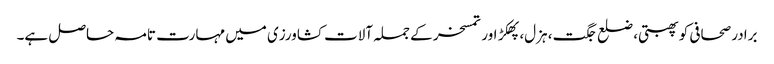
برادر صحافی کو پھبتی، ضلع جگت، ہزل، پھکڑ اور تمسخر کے جملہ آلات کشاورزی میں مہارت تامہ حاصل ہے۔